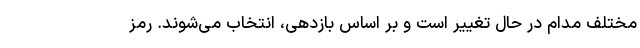
مختلف مدام در حال تغییر است و بر اساس بازدهی، انتخاب می‌شوند. رمز